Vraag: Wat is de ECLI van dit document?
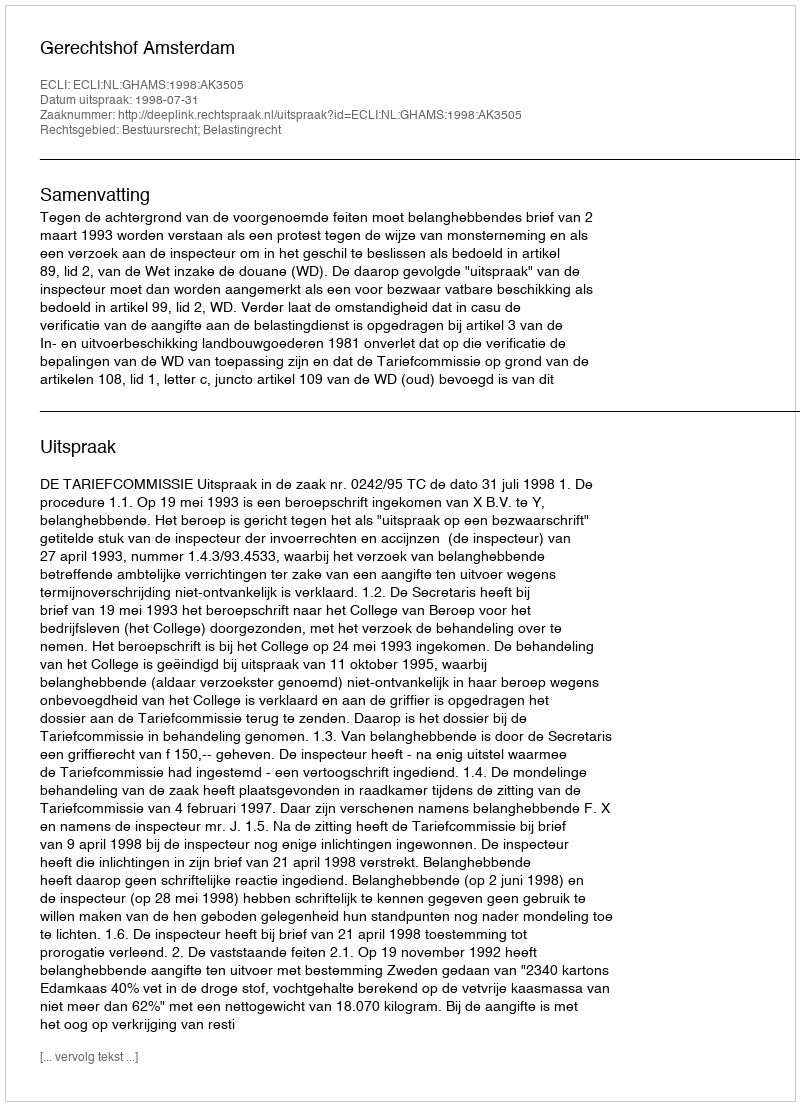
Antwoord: ECLI:NL:GHAMS:1998:AK3505